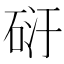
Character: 𥒀